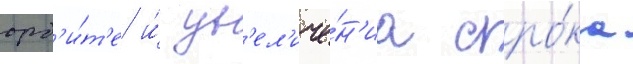
орб'и́т'е и́ ув'ел'иче́н'иа сро́ка